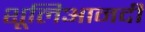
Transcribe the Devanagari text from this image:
शूलिआनदी